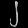
Digit: ၂